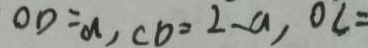
O D = a , C D = 2 - a , O C =